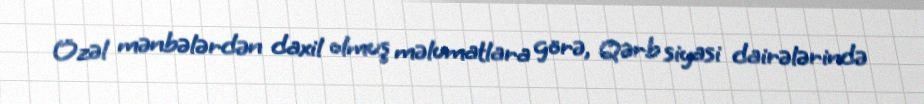
Özəl mənbələrdən daxil olmuş məlumatlara görə, Qərb siyasi dairələrində